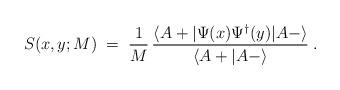
LaTeX: \begin{align*}S(x,y; M) \;=\;\frac{1}{M} \, \frac{\langle A + | \Psi (x) \Psi^\dagger (y)| A - \rangle}{\langle A + | A - \rangle} \;.\end{align*}